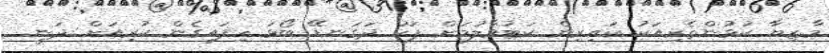
މާޒިޔާ ކުޅުންތެރިއަކު ކައިރިން ކަޓުވާލުމަށް ފަހު ދަގަނޑޭ ބޯޅަ ހިފައިގެން ކުރިއަށް ދަނީ.